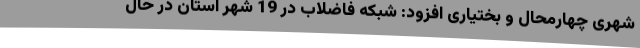
شهری چهارمحال و بختیاری افزود: شبکه فاضلاب در 19 شهر استان در حال